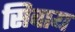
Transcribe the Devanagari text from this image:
सिवाय